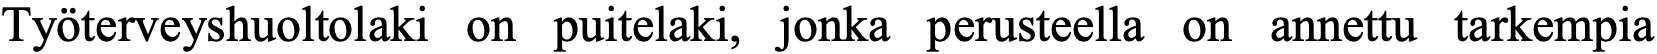
Työterveyshuoltolaki on puitelaki, jonka perusteella on annettu tarkempia